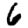
Digit: 6